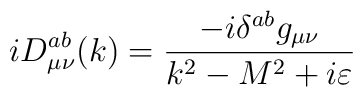
iD_{\mu \nu }^{ab}(k)=\frac{-i\delta ^{ab}g_{\mu \nu }}{k^2-M^2+i\varepsilon }